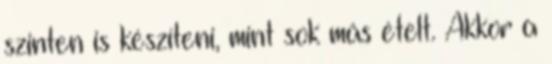
szinten is készíteni, mint sok más ételt. Akkor a